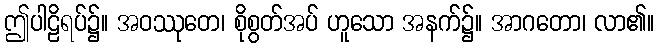
ဤပါဠိရပ်၌။ အဝဿုတေ၊ စိုစွတ်အပ် ဟူသော အနက်၌။ အာဂတော၊ လာ၏။